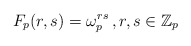
\begin{align*}F_p(r,s) =\omega_p^{rs}\,,r, s \in \mathbb{Z}_p\end{align*}